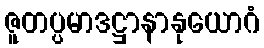
ဇူတပ္ပမာဒဋ္ဌာနာနုယောဂံ